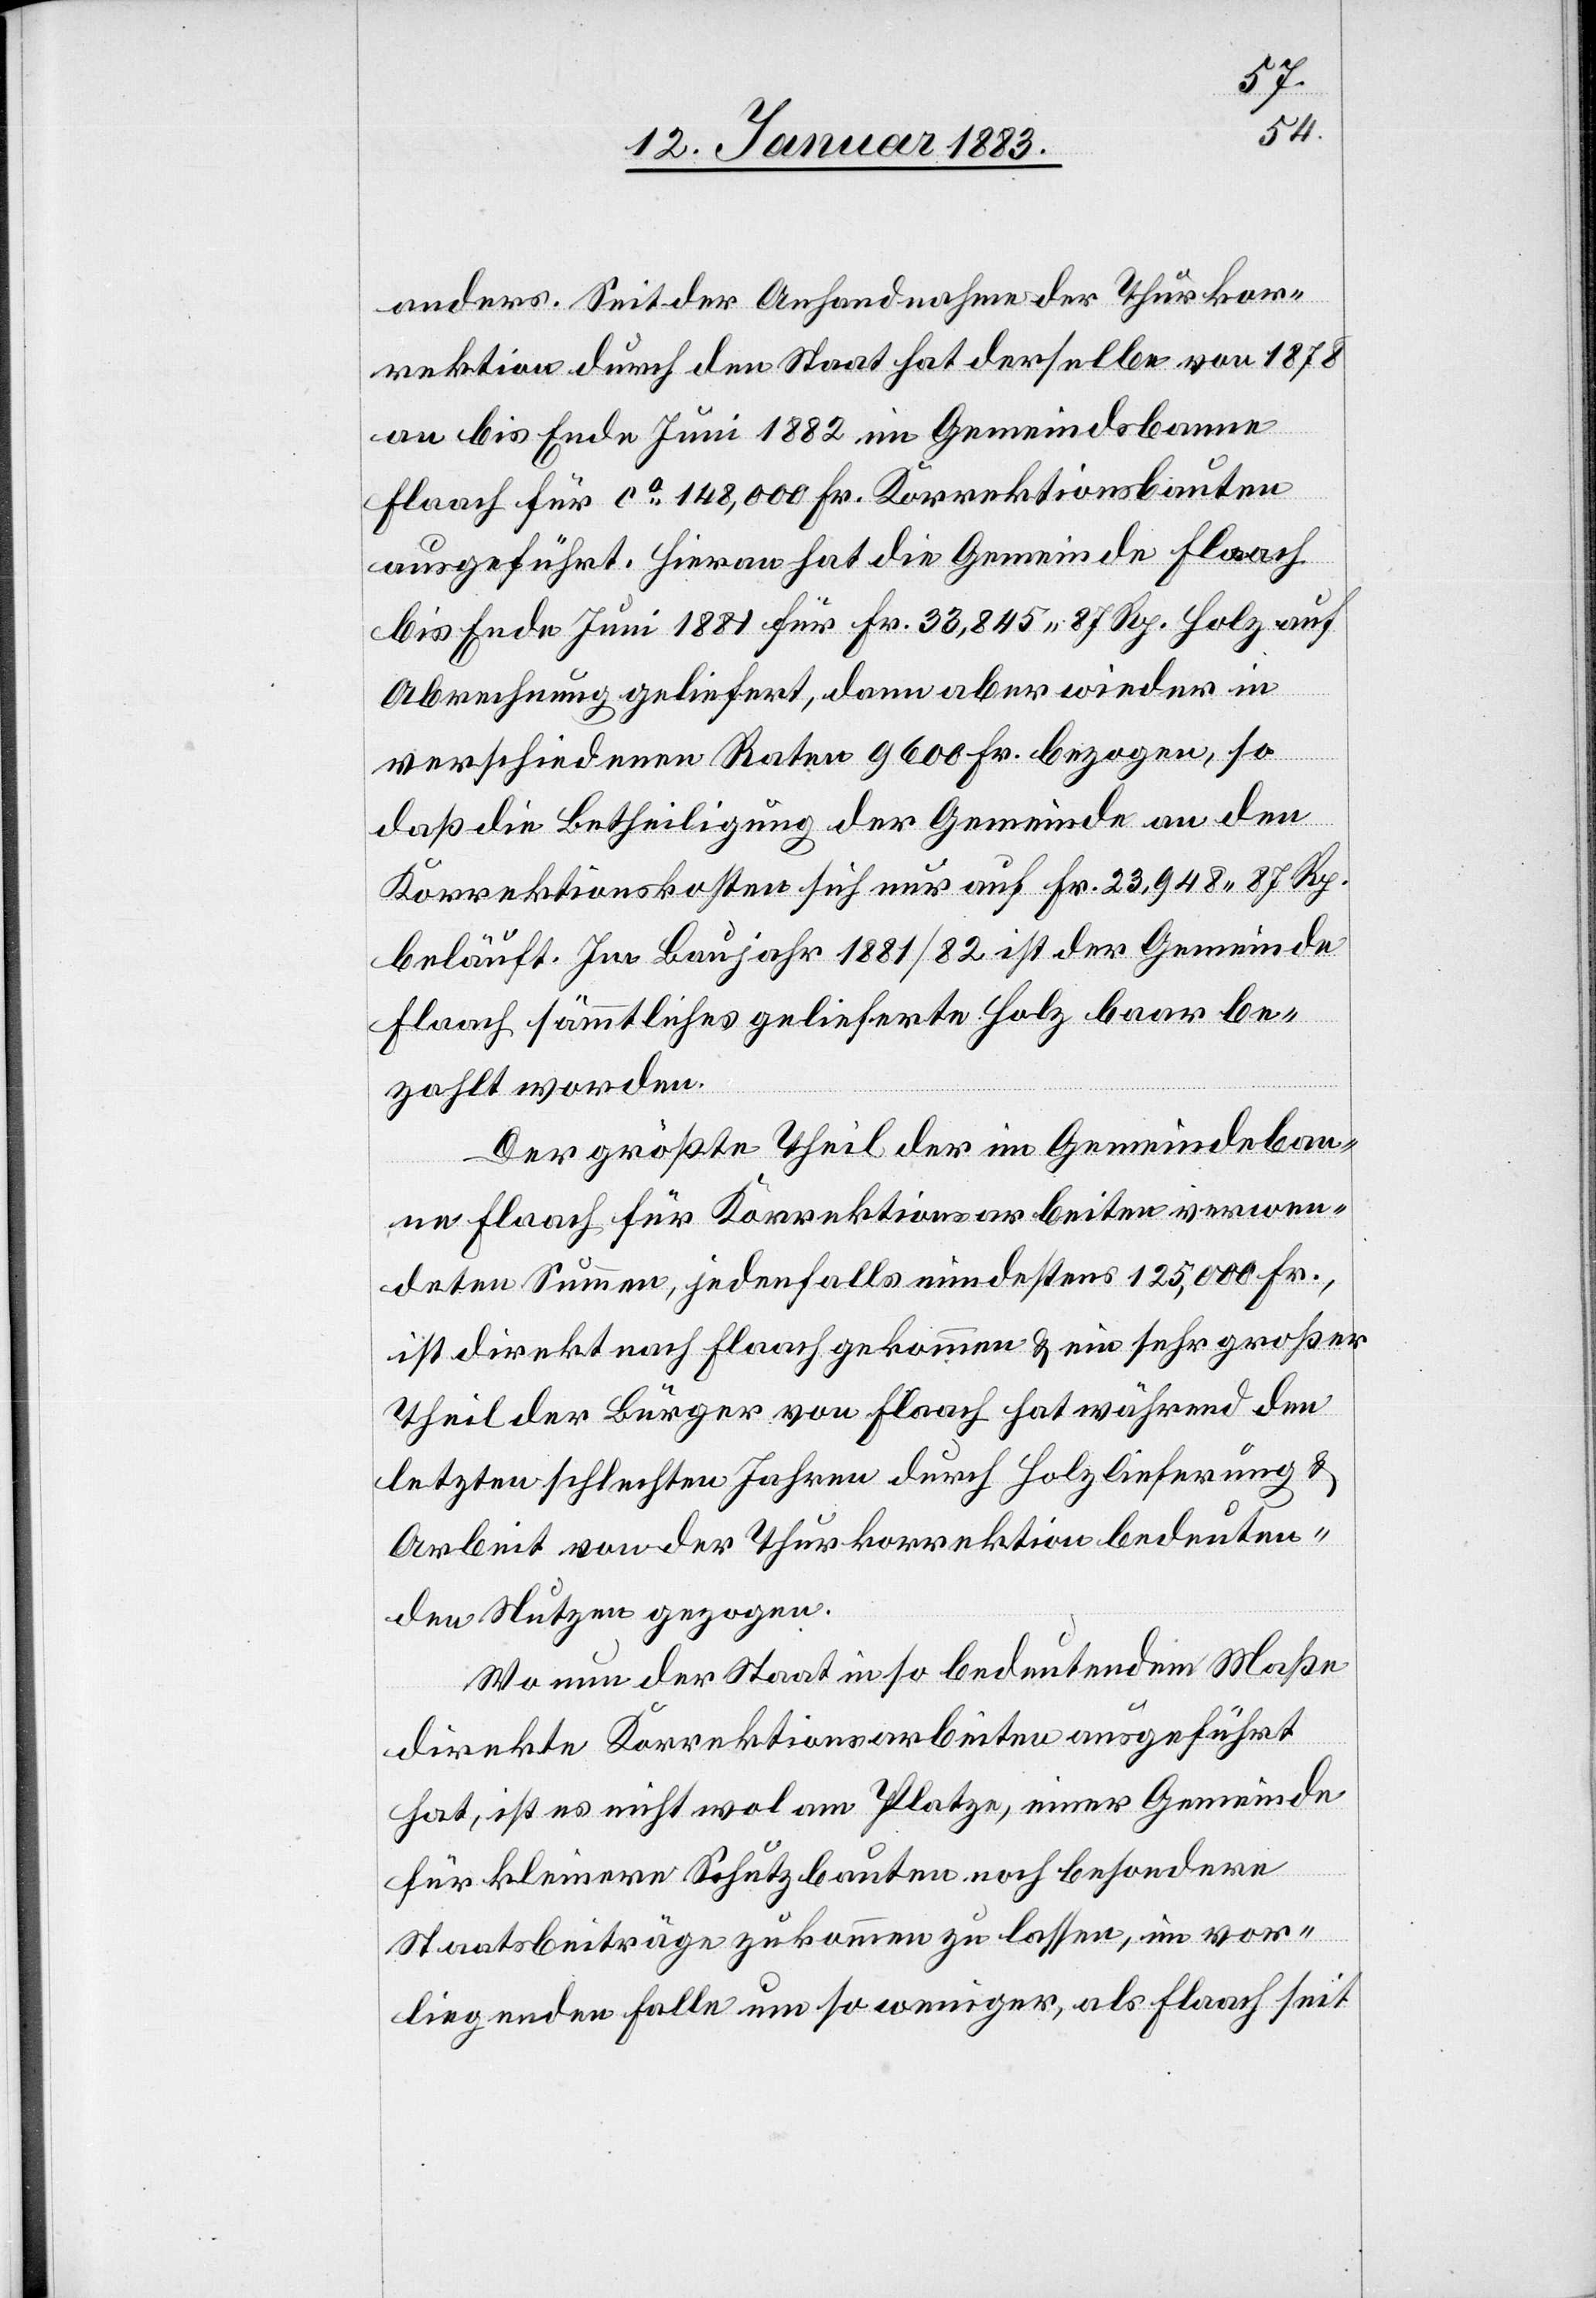
anders. Seit der Anhandnahme der Thurkor¬
rektion durch den Staat hat derselbe von 1878
an bis Ende Juni 1882 im Gemeindsbann
Flaach für ca 148,000 Fr. Korrektionsbauten
ausgeführt. Hieran hat die Gemeinde Flaach
bis Ende Juni 1881 für Fr. 33,845 87 Rp. Holz auf
Abrechnung geliefert, dann aber wieder in
verschiedenen Raten 9600 Fr. bezogen, so
daß die Betheiligung der Gemeinde an den
Korrektionskosten sich nur auf Fr. 23,948 87 Rp.
beläuft. Im Baujahr 1881/82 ist der Gemeinde
Flaach sämmtliches gelieferte Holz baar be¬
zahlt worden.
Der größte Theil der im Gemeindeban¬
ne Flaach für Korrektionsarbeiten verwen¬
deten Summe, jedenfalls mindestens 125,000 Fr.,
ist direkt nach Flaach gekommen & ein sehr großer
Theil der Bürger von Flaach hat während den
letzten schlechten Jahren durch Holzlieferung &
Arbeit von der Thurkorrektion bedeuten¬
den Nutzen gezogen.
Wo nun der Staat in so bedeutendem Maße
direkte Korrektionsarbeiten ausgeführt
hat, ist es nicht wol am Platze, einer Gemeinde
für kleinere Schutzbauten noch besondere
Staatsbeiträge zukommen zu lassen, im vor¬
liegenden Falle um so weniger, als Flaach seit